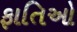
ફાતિઓ